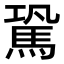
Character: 𩢽